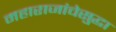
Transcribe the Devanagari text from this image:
महाराजांचेसुद्धा